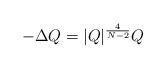
LaTeX: \begin{align*}-\Delta Q=|Q|^{\frac{4}{N-2}}Q \end{align*}